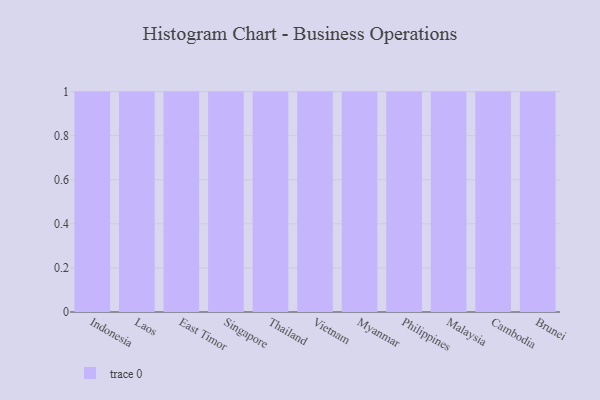
{"axis": {"x": "Country", "y": "Market Share (%)"}, "legend": [""], "data": [{"x": "Indonesia", "y": 3, "type": ""}, {"x": "Laos", "y": 94, "type": ""}, {"x": "East Timor", "y": 30, "type": ""}, {"x": "Singapore", "y": 59, "type": ""}, {"x": "Thailand", "y": 12, "type": ""}, {"x": "Vietnam", "y": 72, "type": ""}, {"x": "Myanmar", "y": 43, "type": ""}, {"x": "Philippines", "y": 34, "type": ""}, {"x": "Malaysia", "y": 77, "type": ""}, {"x": "Cambodia", "y": 24, "type": ""}, {"x": "Brunei", "y": 62, "type": ""}]}